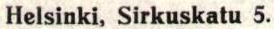
Helsinki, Sirkuskatu 5.